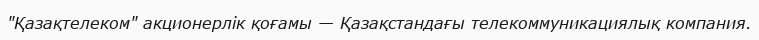
"Қазақтелеком" акционерлік қоғамы — Қазақстандағы телекоммуникациялық компания.